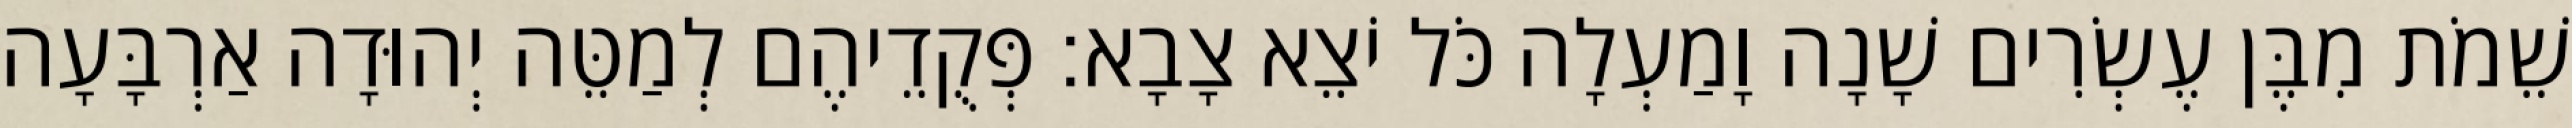
שֵׁמֹת מִבֶּן עֶשְׂרִים שָׁנָה וָמַעְלָה כֹּל יֹצֵא צָבָא׃ פְּקֻדֵיהֶם לְמַטֵּה יְהוּדָה אַרְבָּעָה